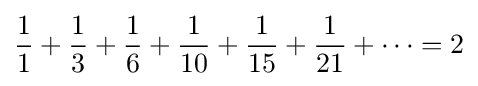
{1 \over 1}+{1 \over 3}+{1 \over 6}+{1 \over 10}+{1 \over 15}+{1 \over 21}+\cdots =2